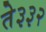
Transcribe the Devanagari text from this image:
ते३३२